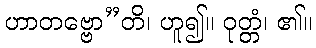
ဟာတဗ္ဗော”တိ၊ ဟူ၍။ ဝုတ္တံ၊ ၏။